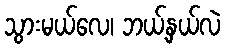
သွားမယ်လေ၊ ဘယ့်နှယ်လဲ